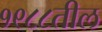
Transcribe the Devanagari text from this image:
१९८८तील